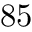
8 5